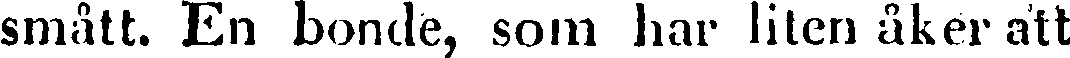
smått. En bonde, som har liten åker att